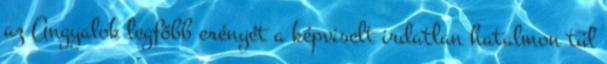
az Angyalok legfőbb erényét a képviselt irdatlan hatalmon túl